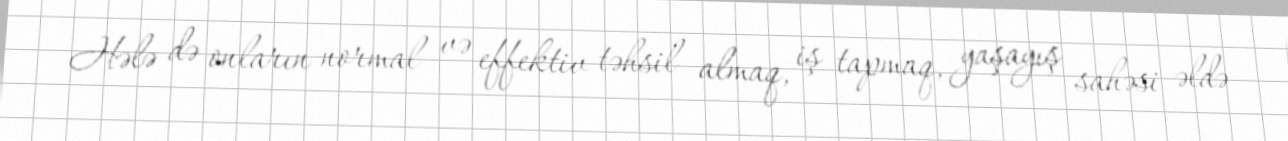
Hələ də onların normal və effektiv təhsil almaq, iş tapmaq, yaşayış sahəsi əldə